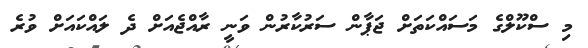
މި ސްކޫލްގެ މަސައްކަތަށް ޖަޕާން ސަރުކާރުން ވަނީ ރާއްޖެއަށް ދެ ލައްކައަށް ވުރެ